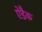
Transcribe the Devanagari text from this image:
ऐडैक